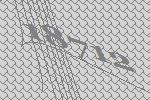
18712